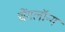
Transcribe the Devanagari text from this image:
चेंगलॉन्ग